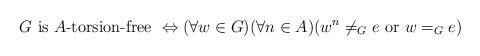
LaTeX: \begin{align*} G \textnormal{ is $A$-torsion-free } \Leftrightarrow (\forall w \in G)(\forall n \in A)(w^{n}\neq_{G}e \textnormal{ or } w =_{G} e)\end{align*}